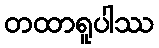
တထာရူပါဿ